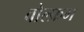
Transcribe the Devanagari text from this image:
वोल्फ्रम